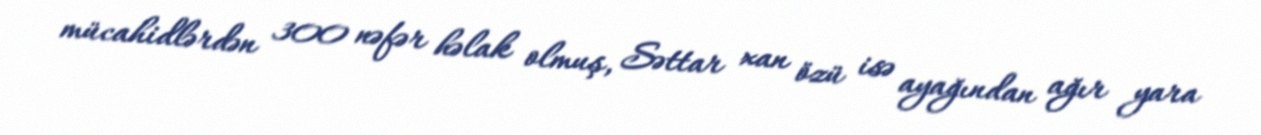
mücahidlərdən 300 nəfər həlak olmuş, Səttar xan özü isə ayağından ağır yara